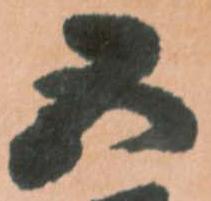
五